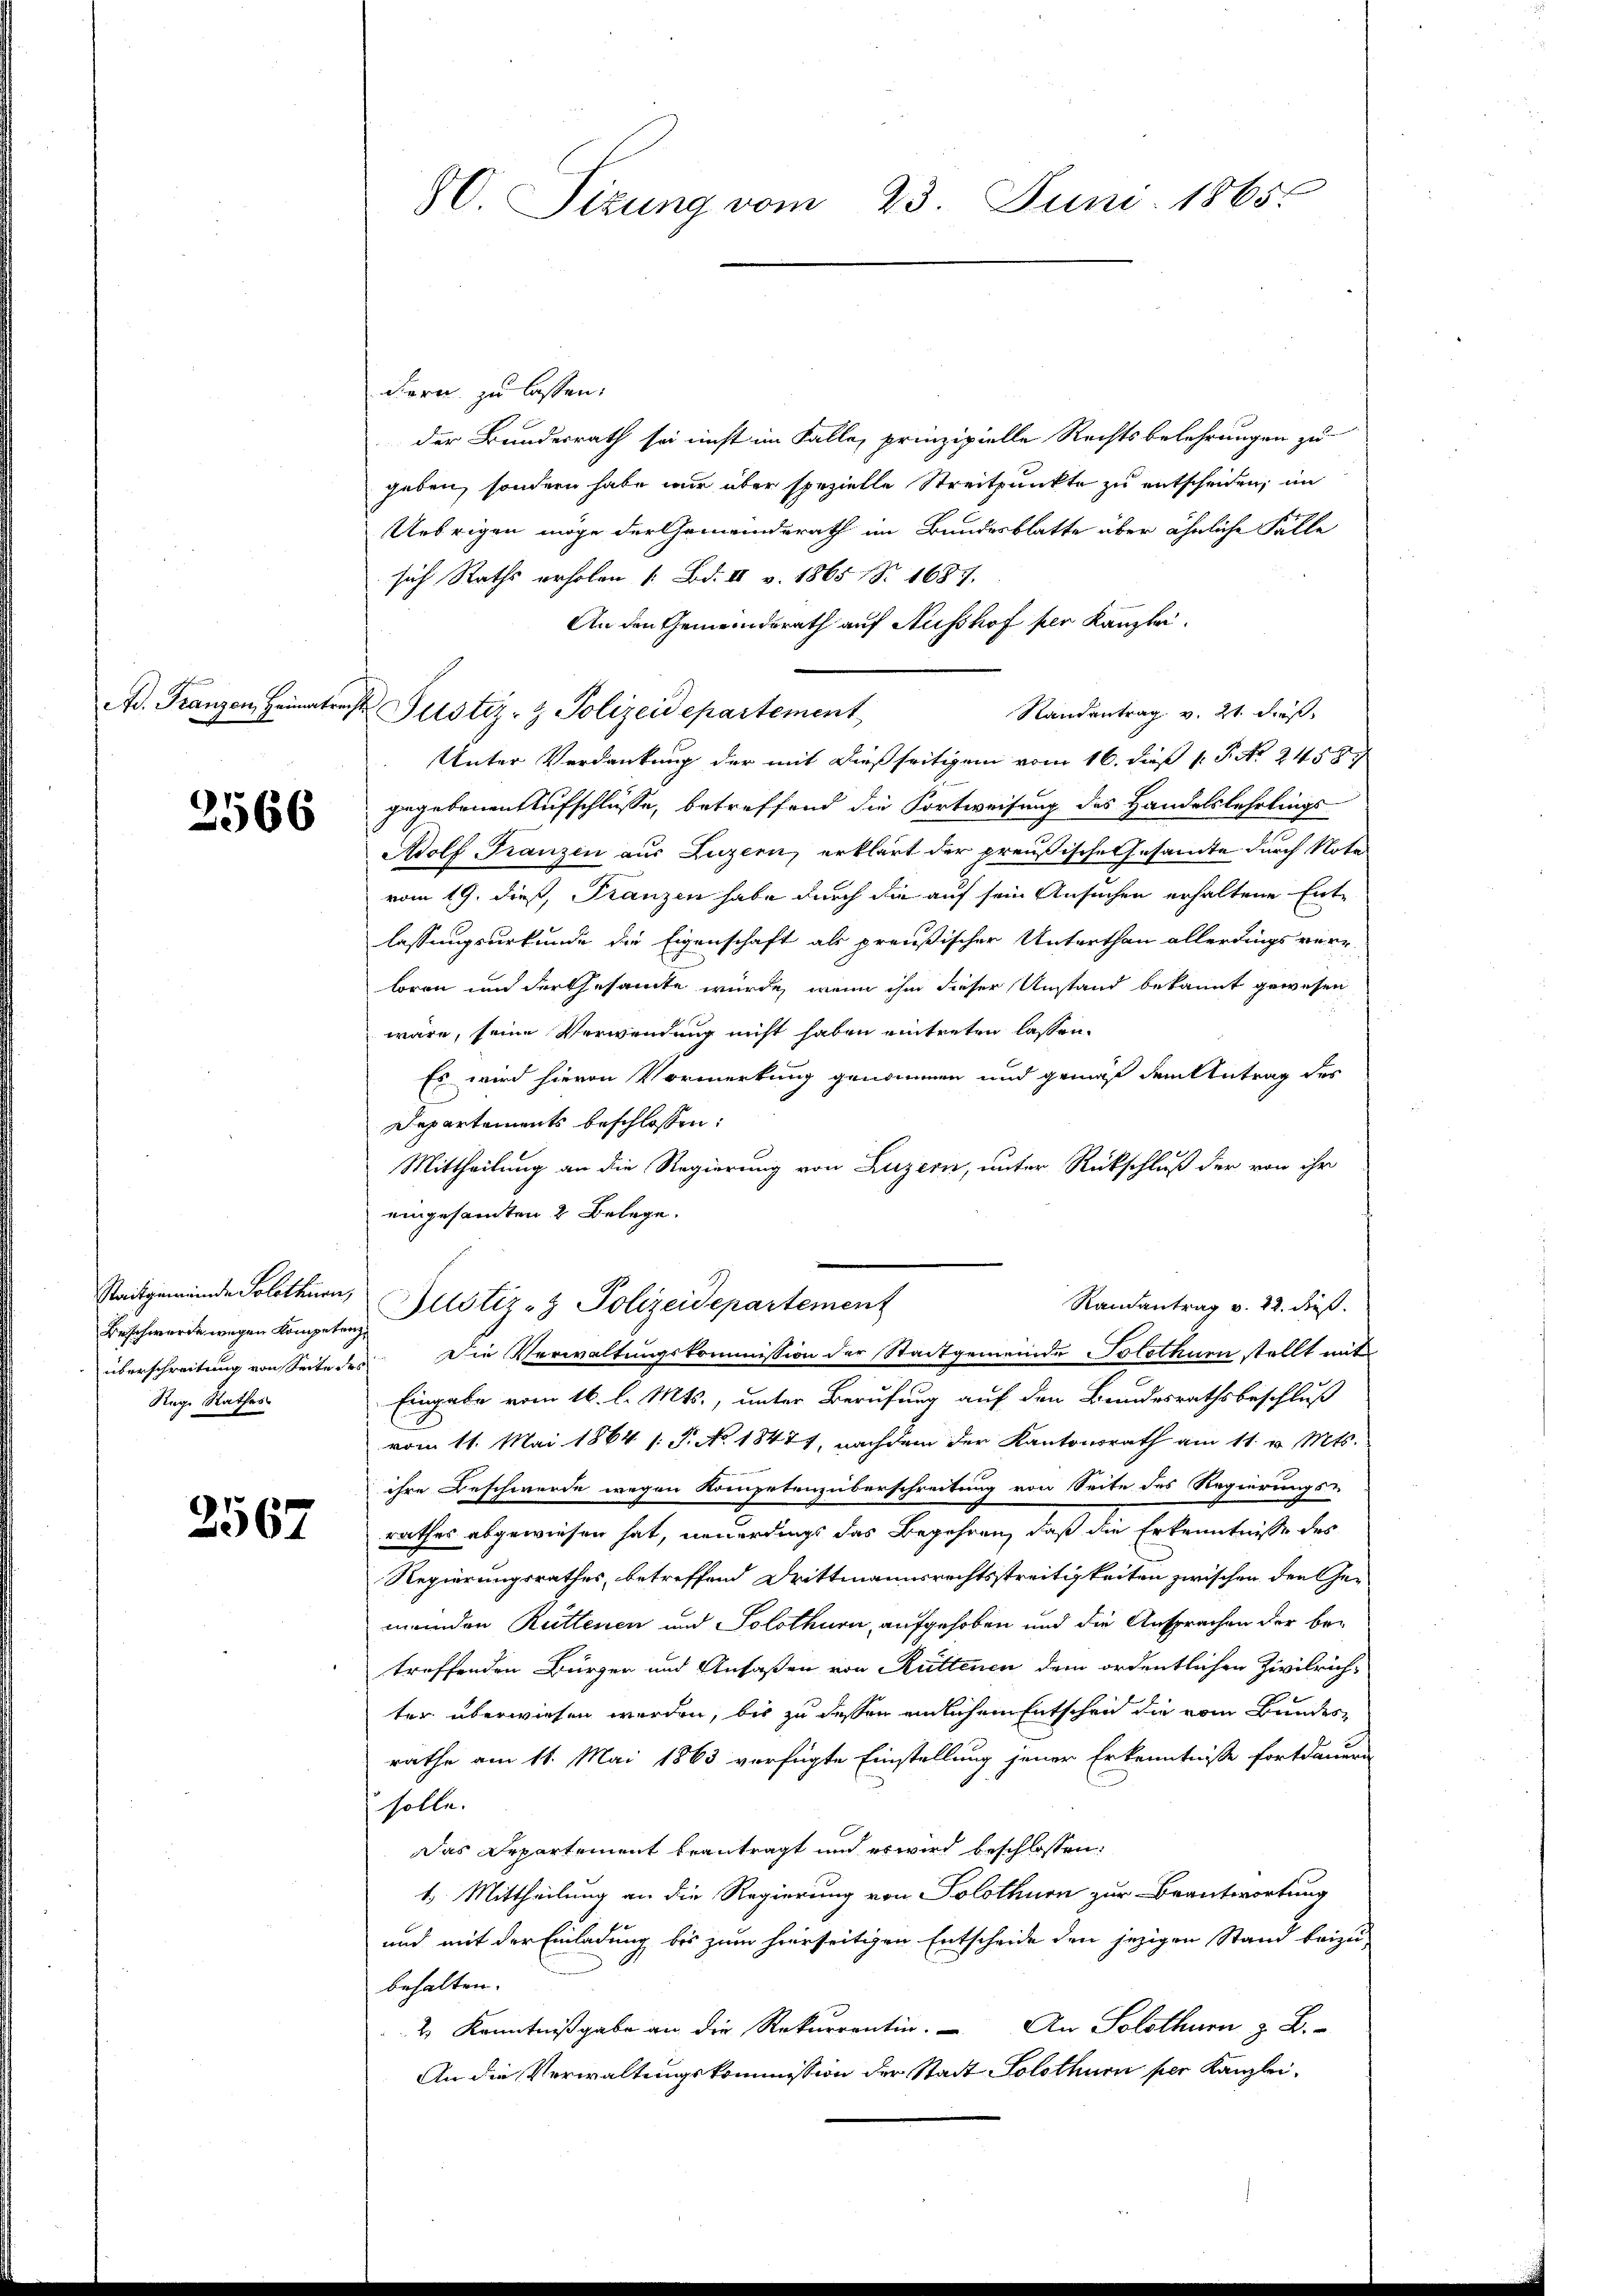
Ad. Franzen, Heimatrech

2566

Raitgemeinde Solothurn,
Beschwerde wegen Kompetenz
überschreitung von Seite de
Reg. Rathes

2567

86 Sizung vom 23. Juni 1865.

dern zu lassen.
der Bundesrath sei nicht im Falle, prinzipielle Rechtsbelehrungen zu
geben, sondern habe wir über spezielle Streitpunkte zu entscheiden, im
Uebrigen möge der Gemeindsrath im Bundesblatte über ähnliche Fälle
sich Raths erholen (Bd. II v. 1865 S. 1687.
An den Gemeindsrath auf Ausshof per Kanzlei-
u Justiz- & Polizeidepartement
Randantrag v. 21. dieß,
Unter Verdankung der mit dießseitigen vom 16. dieß P. P. Nr. 2459.
gegebenen Aufschlüsse, betreffend die Fortweisung des Handelslehrlings-
Adolf Franzen aus Luzern, erklärt der preußische Gesamte durch Note
vom 19. dieß, Franzen habe durch die auf sein Ansuchen erhaltene Entlassungsurkunde die Eigenschaft als preußischer Unterthan allerdings ver-
loren und der Gesamte würde, wenn ihm dieser Unstand bekannt gewesen
wäre, seine Verwendung nicht haben eintreten lassen.
Es wird hievon Vormerkung genommen und grund dem Antrag des
Departements beschlossen:
Mittheilung an die Regierung von Luzern, unter Rückschluß der von ihr
eingesamten 2 Belege.
Randantrag v. 22. dieß.
Justiz- & Polizeidepartement
Die Verwaltungskommission der Stadtgemeinde Solothurn stellt mit
d
Eingabe vom 16. l. Mts., unter Berufung auf den Bundesrathsbeschluß
vom 11. Mai 1864 /: P. No. 18471, nachdem der Kantonsrath am 11. v. Mts.
ihre Beschwerde wegen Kompetenzüberschreitung von Seite des Regierungs-
rathes abgewiesen hat, neuerdings das Begehren, daß die Erkenntnisse des
Regierungsrathes, betreffend Drittmannsrechtsstreitigkeiten zwischen den Gemenden Rüttenen und Solothurn, aufgehoben und die Ansprachen der betreffenden Bürger und Ansaßen von Rüttenen dem ordentlichen Zivilrich-
ter überwiesen werden, bis zu dessen endlichem Entschen die vom Bundesrathe am 11. Mai 1863 verfügte Einstellung jener Erkenntnisse fortdaue
solle.
Das Departement beantragt und es wird beschlossen:
t. Mittheilung an die Regierung von Solothurn zur Beantwortung
und mit der Einladung bis zum hierseitigen Entscheide den jezigen Stand beizu-
behalten.
2 Kenntnißgabe an die Rekurrentin. An Solothurn z. B.
An die Verwaltungskommission der Stadt Solothurn per Kanzlei¬